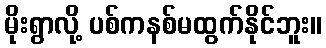
မိုးရွာလို့ ပစ်ကနစ်မထွက်နိုင်ဘူး။